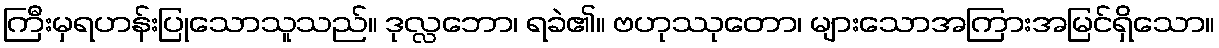
ကြီးမှရဟန်းပြုသောသူသည်။ ဒုလ္လဘော၊ ရခဲ၏။ ဗဟုဿုတော၊ များသောအကြားအမြင်ရှိသော။